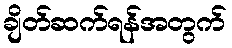
ချိတ်ဆက်ရန်အတွက်